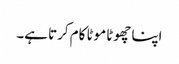
اپنا چھوٹا موٹا کام کرتا ہے۔